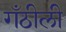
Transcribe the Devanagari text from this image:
गँठीली